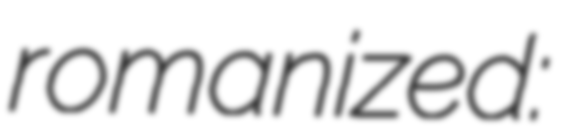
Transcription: romanized: